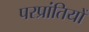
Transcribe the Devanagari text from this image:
परप्रांतियों